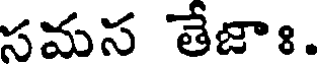
సమస తేజాః.